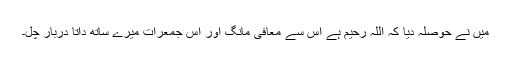
میں نے حوصلہ دیا کہ اللہ رحیم ہے اس سے معافی مانگ اور اس جمعرات میرے ساتھ داتا دربار چل۔